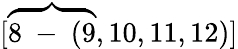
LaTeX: [\overbrace{8\mathrm{~-~}(9},10,11,12)]